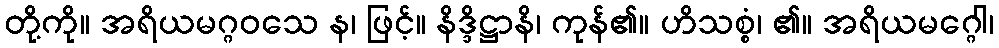
တို့ကို။ အရိယမဂ္ဂဝသေ န၊ ဖြင့်။ နိဒ္ဒိဋ္ဌာနိ၊ ကုန်၏။ ဟိသစ္စံ၊ ၏။ အရိယမဂ္ဂေါ၊